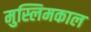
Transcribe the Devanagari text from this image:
मुस्लिमकाल